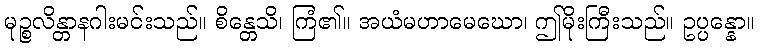
မုဉ္စလိန္တာနဂါးမင်းသည်။ စိန္တေသိ၊ ကြံ၏။ အယံမဟာမေဃော၊ ဤမိုးကြီးသည်။ ဥပ္ပန္နော။